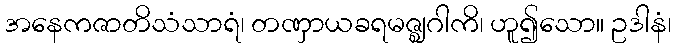
အနေကဇာတိသံသာရံ၊ တဏှာယခရမဇ္ဈဂါကိ၊ ဟူ၍သော။ ဥဒါနံ၊